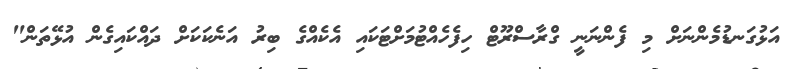
އަޅުގަނޑުމެންނަށް މި ފެންނަނީ ގްރާސްރޫޓް ހިފެހެއްޓުމަށްޓަކައި އެކެއްގެ ބިރު އަނެކަކަށް ދައްކައިގެން އުޅޭތަން"